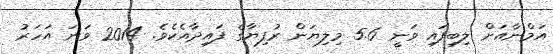
އަމްނާއަށް ލިބިފައި ވަނީ 5.6 މިލިޔަން ރުފިޔާގެ ފައިދާއެކެވެ. 2014 ވަނަ އަހަރު